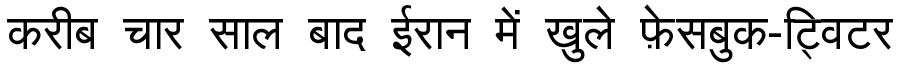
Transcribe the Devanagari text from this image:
करीब चार साल बाद ईरान में खुले फ़ेसबुक-ट्विटर